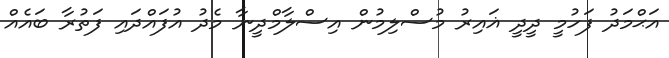
އަޙްމަދު ފަހުމީ ދީދީ ޣައިރު މުސްލިމުން އިސްލާމްދީނާ މެދު އުފައްދައި ފަތުރާ ބައެއް